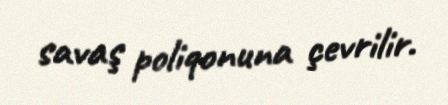
savaş poliqonuna çevrilir.